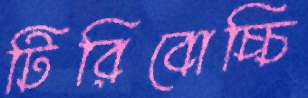
টিরিবোচ্চি